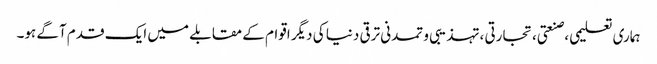
ہماری تعلیمی ،صنعتی، تجارتی ،تہذیبی و تمدنی ترقی دنیا کی دیگر اقوام کے مقابلے میں ایک قدم آگے ہو۔